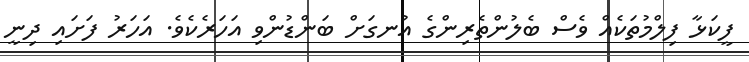
ފީކަޅާ ފިލްމުތަކެއް ވެސް ބެލުންތެރިންގެ އުނގަށް ބަންޑުންވި އަހަރެކެވެ. އަހަރު ފަށައި ދިނީ